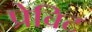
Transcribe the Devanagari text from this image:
प्रेविट